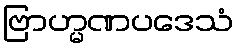
ဗြာဟ္မဏပဒေသံ